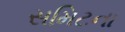
સમિટના